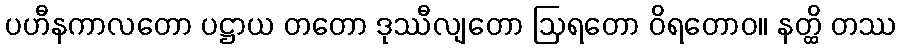
ပဟီနကာလတော ပဋ္ဌာယ တတော ဒုဿီလျတော ဩရတော ဝိရတောဝ။ နတ္ထိ တဿ